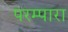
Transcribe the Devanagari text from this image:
परम्पारा